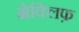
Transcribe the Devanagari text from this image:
ग्रेक्लिफ़